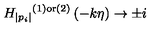
{ H _ { | p _ { i } | } } ^ { ( 1 ) { \mathrm { o r } } ( 2 ) } \left( - k \eta \right) \to \pm i